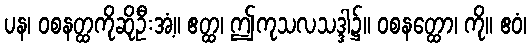
ပန၊ ဝစနတ္ထကိုဆိုဦးအံ့။ ဧတ္ထ၊ ဤကုသလသဒ္ဒါ၌။ ဝစနတ္ထော၊ ကို။ ဧဝံ၊